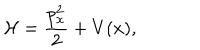
LaTeX: \mathcal { H } = \frac { p _ { x } ^ { 2 } } { 2 } + V ( x ) ,